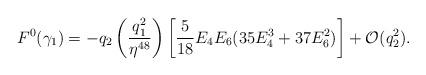
LaTeX: \begin{align*}F^0(\gamma_1)= - q_2 \left(\frac{q_1^2}{\eta^{48}}\right) \left[\frac{5}{18} E_4 E_6(35 E_4^3+37 E_6^2)\right] + \mathcal{O}(q_2^2).\end{align*}